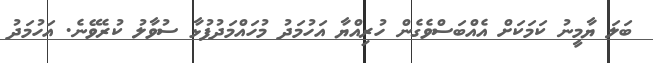
ބަލަ ޔާމީނު ކަމަކަށް އެއްބަސްވެގެން ހުރިއްޔާ އަހުމަދު މުހައްމަދުފުޅާ ސުވާލު ކުރެވޭނެ. އަހުމަދު